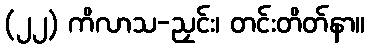
(၂၂) ကိလာသ-ညှင်း၊ တင်းတိတ်နာ။